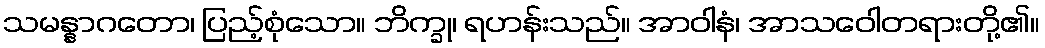
သမန္နာဂတော၊ ပြည့်စုံသော။ ဘိက္ခု၊ ရဟန်းသည်။ အာဝါနံ၊ အာသဝေါတရားတို့၏။